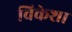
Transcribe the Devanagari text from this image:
विकेशा